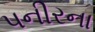
પનીરના